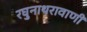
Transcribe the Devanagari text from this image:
रघुनाथरावाणी